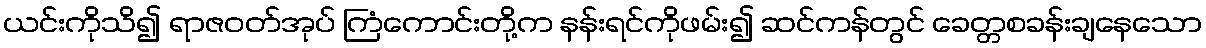
ယင်းကိုသိ၍ ရာဇဝတ်အုပ် ကြံကောင်းတို့က နန်းရင်ကိုဖမ်း၍ ဆင်ကန်တွင် ခေတ္တစခန်းချနေသော